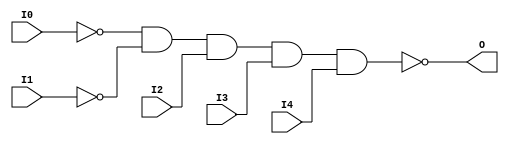
// $Header: /devl/xcs/repo/env/Databases/CAEInterfaces/verunilibs/data/uni9000/NAND5B2.v,v 1.4 2007/05/23 20:05:05 patrickp Exp $
///////////////////////////////////////////////////////////////////////////////
// Copyright (c) 1995/2004 Xilinx, Inc.
// All Right Reserved.
///////////////////////////////////////////////////////////////////////////////
//   ____  ____
//  /   /\/   /
// /___/  \  /    Vendor : Xilinx
// \   \   \/     Version : 7.1i (H.19)
//  \   \         Description : Xilinx Functional Simulation Library Component
//  /   /                  5-input NAND Gate
// /___/   /\     Filename : NAND5B2.v
// \   \  /  \    Timestamp : Thu Mar 25 16:42:04 PST 2004
//  \___\/\___\
//
// Revision:
//    03/23/04 - Initial version.
//    05/23/07 - Added wire declaration for internal signals.
//    05/23/07 - Changed timescale to 1 ps / 1 ps.

`timescale  1 ps / 1 ps

`celldefine

module NAND5B2 (O, I0, I1, I2, I3, I4);


    output O;

    input  I0, I1, I2, I3, I4;

    wire i0_inv;
    wire i1_inv;

    not N1 (i1_inv, I1);
    not N0 (i0_inv, I0);
    nand A1 (O, i0_inv, i1_inv, I2, I3, I4);

    specify
	(I0 *> O) = (0, 0);
	(I1 *> O) = (0, 0);
	(I2 *> O) = (0, 0);
	(I3 *> O) = (0, 0);
	(I4 *> O) = (0, 0);
    endspecify

endmodule

`endcelldefine